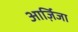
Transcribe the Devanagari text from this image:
आर्ज़िजा